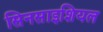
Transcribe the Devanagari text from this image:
सिनसाइशियल